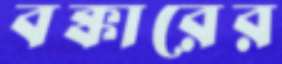
বক্কারের